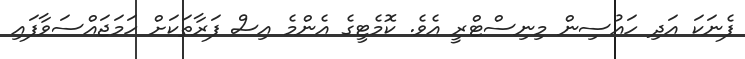
ފެނަކަ އަދި ހައުސިން މިނިސްޓްރީ އެވެ. ކޮމެޓީގެ އެންމެ އިސް ފަރާތަކަށް ހަމަޖައްސަވާފައި